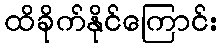
ထိခိုက်နိုင်ကြောင်း